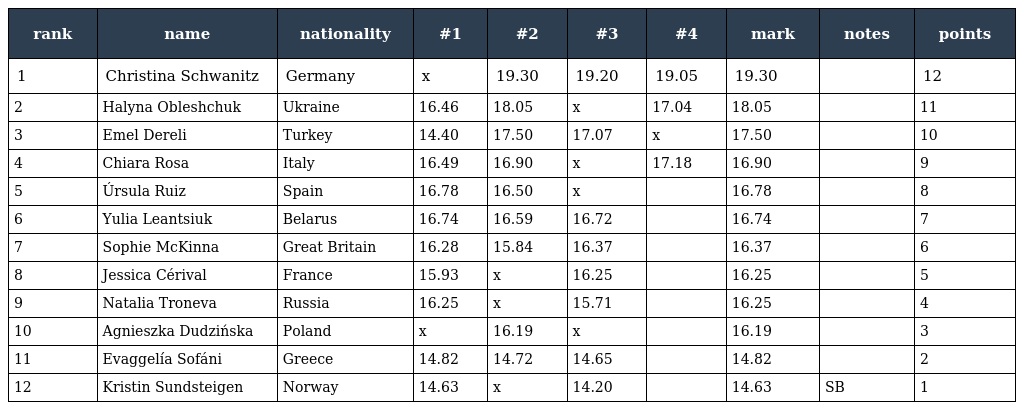
| rank | name | nationality | #1 | #2 | #3 | #4 | mark | notes | points |
 | --- | --- | --- | --- | --- | --- | --- | --- | --- | --- |
 | 1 | Christina Schwanitz | Germany | x | 19.30 | 19.20 | 19.05 | 19.30 |  | 12 |
 | 2 | Halyna Obleshchuk | Ukraine | 16.46 | 18.05 | x | 17.04 | 18.05 |  | 11 |
 | 3 | Emel Dereli | Turkey | 14.40 | 17.50 | 17.07 | x | 17.50 |  | 10 |
 | 4 | Chiara Rosa | Italy | 16.49 | 16.90 | x | 17.18 | 16.90 |  | 9 |
 | 5 | Úrsula Ruiz | Spain | 16.78 | 16.50 | x |  | 16.78 |  | 8 |
 | 6 | Yulia Leantsiuk | Belarus | 16.74 | 16.59 | 16.72 |  | 16.74 |  | 7 |
 | 7 | Sophie McKinna | Great Britain | 16.28 | 15.84 | 16.37 |  | 16.37 |  | 6 |
 | 8 | Jessica Cérival | France | 15.93 | x | 16.25 |  | 16.25 |  | 5 |
 | 9 | Natalia Troneva | Russia | 16.25 | x | 15.71 |  | 16.25 |  | 4 |
 | 10 | Agnieszka Dudzińska | Poland | x | 16.19 | x |  | 16.19 |  | 3 |
 | 11 | Evaggelía Sofáni | Greece | 14.82 | 14.72 | 14.65 |  | 14.82 |  | 2 |
 | 12 | Kristin Sundsteigen | Norway | 14.63 | x | 14.20 |  | 14.63 | SB | 1 |